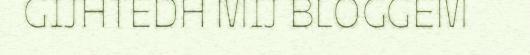
GIJHTEDH MIJ BLOGGEM